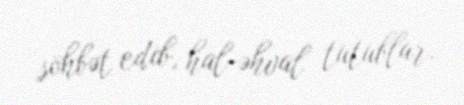
söhbət edib, hal-əhval tutublar.